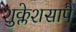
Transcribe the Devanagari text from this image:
शुक्लेशसापै